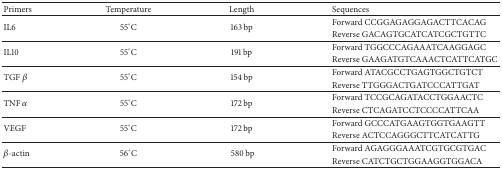
<table><thead><tr><td><b>Primers</b></td><td><b>Temperature</b></td><td><b> Length</b></td><td><b>Sequences</b></td></tr></thead><tbody><tr><td rowspan="2">IL6</td><td rowspan="2">55°C</td><td rowspan="2">163 bp</td><td>Forward CCGGAGAGGAGACTTCACAG</td></tr><tr><td>Reverse GACAGTGCATCATCGCTGTTC</td></tr><tr><td rowspan="2">IL10</td><td rowspan="2">55°C</td><td rowspan="2">191 bp</td><td>Forward TGGCCCAGAAATCAAGGAGC</td></tr><tr><td>Reverse GAAGATGTCAAACTCATTCATGC</td></tr><tr><td rowspan="2">TGF <i>β</i></td><td rowspan="2">55°C</td><td rowspan="2">154 bp</td><td>Forward ATACGCCTGAGTGGCTGTCT</td></tr><tr><td>Reverse TTGGGACTGATCCCATTGAT</td></tr><tr><td rowspan="2">TNF <i>α</i></td><td rowspan="2">55°C</td><td rowspan="2">172 bp</td><td>Forward TCCGCAGATACCTGGAACTC</td></tr><tr><td>Reverse CTCAGATCCTCCCCATTCAA</td></tr><tr><td rowspan="2">VEGF</td><td rowspan="2">55°C</td><td rowspan="2">172 bp</td><td>Forward GCCCATGAAGTGGTGAAGTT</td></tr><tr><td>Reverse ACTCCAGGGCTTCATCATTG</td></tr><tr><td rowspan="2"><i>β</i>-actin</td><td rowspan="2">56°C</td><td rowspan="2"> 580 bp</td><td>Forward AGAGGGAAATCGTGCGTGAC</td></tr><tr><td>Reverse CATCTGCTGGAAGGTGGACA</td></tr></tbody></table>